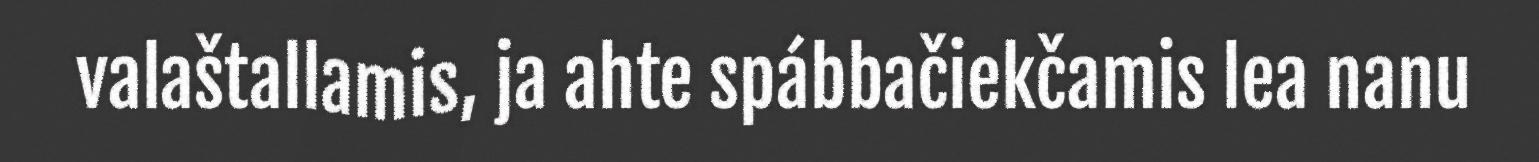
valaštallamis, ja ahte spábbačiekčamis lea nanu